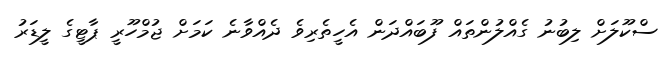
ސްކޫލަށް ލިބުނު ގެއްލުންތައް ފޫބައްދަން އެހީތެރިވެ ދެއްވާނެ ކަމަށް ޖުމްހޫރީ ޕާޓީގެ ލީޑަރު